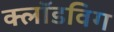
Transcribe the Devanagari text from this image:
क्लॉडविग